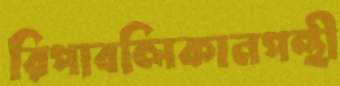
রিপাবলিকানপন্থী